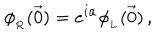
\phi _ { _ R } ( \vec { 0 } ) = e ^ { i \alpha } \phi _ { _ L } ( \vec { 0 } ) \, ,